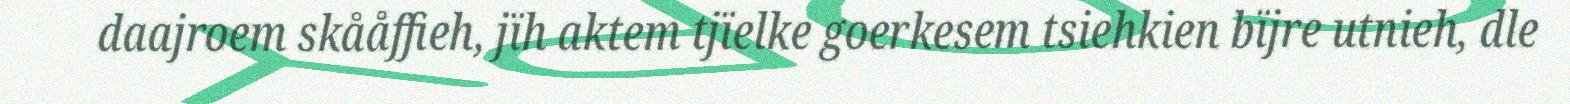
daajroem skååffieh, jïh aktem tjïelke goerkesem tsiehkien bïjre utnieh, dle